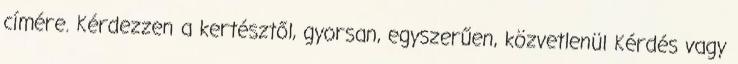
címére. Kérdezzen a kertésztől, gyorsan, egyszerűen, közvetlenül Kérdés vagy